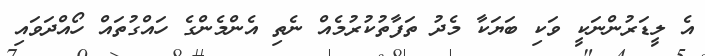
އެ ލީޑަރުންނަކީ ވަކި ބަޔަކާ މެދު ތަފާތުކުރުމެއް ނެތި އެންމެންގެ ހައްގުތައް ހޯއްދަވައި